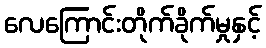
လေကြောင်းတိုက်ခိုက်မှုနှင့်